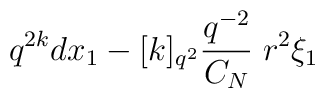
q^{2k}  dx_1 -        [k]_{q^2} \frac{q^{-2}}{C_N}\;r^2 \xi_1